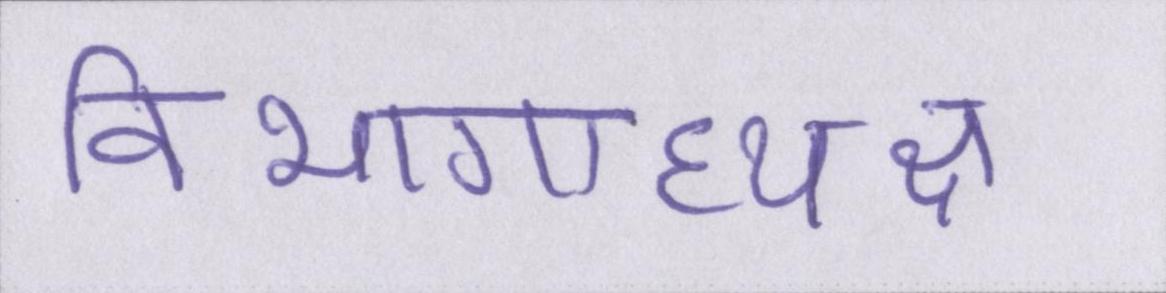
विभागाध्यक्ष